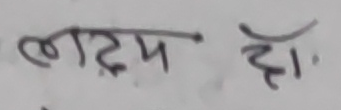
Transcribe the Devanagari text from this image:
लड़प हो